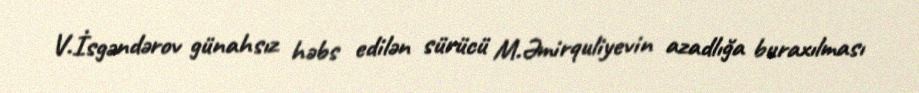
V.İsgəndərov günahsız həbs edilən sürücü M.Əmirquliyevin azadlığa buraxılması